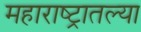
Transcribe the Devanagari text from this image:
महाराष्‍ट्रातल्या